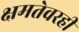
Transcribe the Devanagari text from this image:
क्षमतेवरही